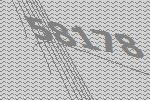
58178